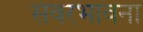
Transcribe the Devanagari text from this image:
संवरभावना